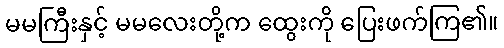
မမကြီးနှင့် မမလေးတို့က ထွေးကို ပြေးဖက်ကြ၏။